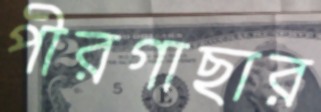
পীরগাছার